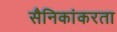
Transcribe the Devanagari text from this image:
सैनिकांकरता